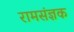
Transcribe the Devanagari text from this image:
रामसंज्ञक